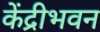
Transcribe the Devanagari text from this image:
केंद्रीभवन